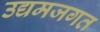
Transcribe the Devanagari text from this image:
उद्यमजगत